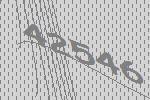
42546